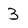
Character: 3